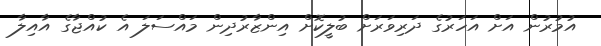
އުމުރުން އަށް އަހަރުގެ ދަރިވަރަށް ބުލީކޮށް އިންޒާރުދިން މައްސަލަ އެ ކުއްޖާގެ އާއިލާ